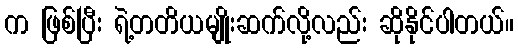
က ဖြစ်ပြီး ရဲ့တတိယမျိုးဆက်လို့လည်း ဆိုနိုင်ပါတယ်။